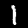
Digit: 1